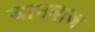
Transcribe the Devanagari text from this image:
जानबाज